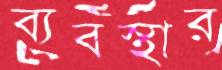
ব্যবস্থার